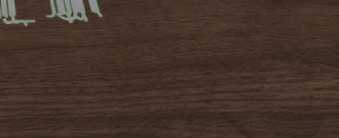
مقهى النيل مكان مثالي للا